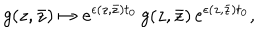
g ( z , \bar { z } ) \mapsto e ^ { \epsilon ( z , \bar { z } ) t _ { 0 } } \, g ( z , \bar { z } ) \, e ^ { \epsilon ( z , \bar { z } ) t _ { 0 } } ,